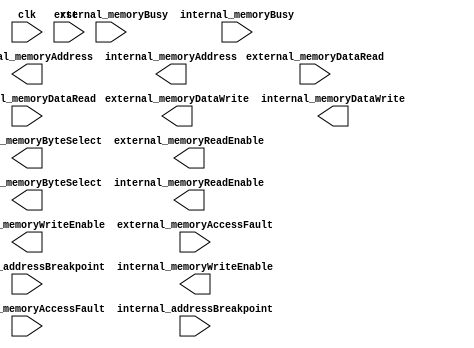
`default_nettype none

module MisalignedMemoryController (
		input wire clk,
		input wire rst,

		// External memory interface
		output wire[31:0] external_memoryAddress,
		output wire[3:0] external_memoryByteSelect,
		output wire external_memoryWriteEnable,
		output wire external_memoryReadEnable,
		output wire[31:0] external_memoryDataWrite,
		input wire[31:0] external_memoryDataRead,
		input wire external_memoryBusy,
		input wire external_memoryAccessFault,
		input wire external_addressBreakpoint,
		
		// Internal memory interface
		output wire[31:0] internal_memoryAddress,
		output wire[3:0] internal_memoryByteSelect,
		output wire internal_memoryWriteEnable,
		output wire internal_memoryReadEnable,
		output wire[31:0] internal_memoryDataWrite,
		input wire[31:0] internal_memoryDataRead,
		input wire internal_memoryBusy,
		input wire internal_memoryAccessFault,
		input wire internal_addressBreakpoint
	);
	
endmodule